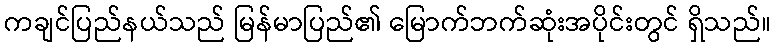
ကချင်ပြည်နယ်သည် မြန်မာပြည်၏ မြောက်ဘက်ဆုံးအပိုင်းတွင် ရှိသည်။